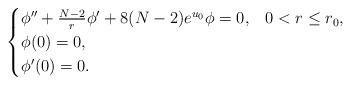
LaTeX: \begin{align*}\begin{cases}\phi''+\frac{N-2}{r}\phi'+8(N-2)e^{u_0}\phi=0, & 0<r\le r_0,\\\phi(0)=0,\\\phi'(0)=0.\end{cases}\end{align*}